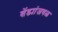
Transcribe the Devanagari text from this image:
शेंड्यांजवळ